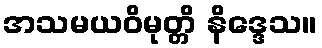
အသမယဝိမုတ္တိ နိဒ္ဒေသ။